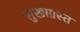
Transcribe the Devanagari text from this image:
सुखाग्रस्‍त